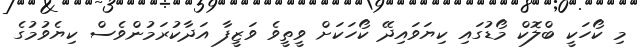
މި ކޯހަކީ ބްލޮކް މޯޑުގައި ކިޔަވައިދޭ ކޯހަކަށް ވީތީވެ ވަޒީފާ އަދާކުރަމުންވެސް ކިޔެވުމުގެ